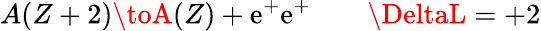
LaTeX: A(Z+2)\toA(Z)+\mathrm{e}^{+}\mathrm{e}^{+}\quad\quad\DeltaL=+2